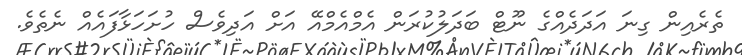
ތެރެއިން ގިނަ އަދަދެއްގެ ނޫޓް ބަދަލުކުރަން އެމްއެމްއޭ އަށް އަދިވެސް ހުށަހަޅާފައެއް ނެތެވެ.